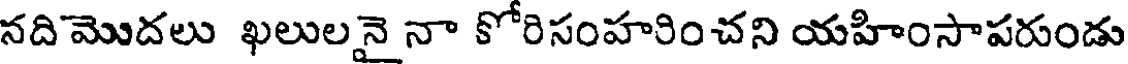
నదిమొదలు ఖలులనై నా కోరిసంహరించని యహింసాపరుండు